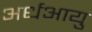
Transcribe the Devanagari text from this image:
अर्धआयु